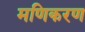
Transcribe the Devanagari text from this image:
मणिकरण